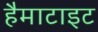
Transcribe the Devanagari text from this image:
हैमाटाइट